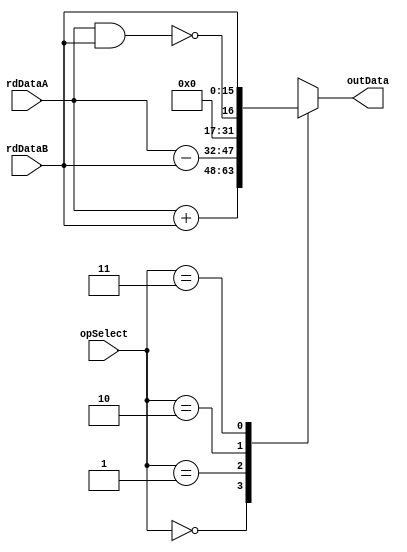
module alu
( input  [15:0] rdDataA,
  input  [15:0] rdDataB,
  input  [1:0]  opSelect,
  output [15:0] outData);

reg [15:0] aluResult;

assign outData = aluResult;

always @(*) begin
  case(opSelect)
    2'b00: aluResult <= rdDataA + rdDataB; // add
    2'b01: aluResult <= rdDataA - rdDataB; // sub
    2'b10: aluResult <= !(rdDataA & rdDataB); // nan
    2'b11: aluResult <= rdDataB; // out
  endcase
end

endmodule